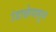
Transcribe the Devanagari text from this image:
उंडाऴेपासून